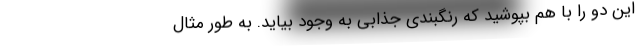
این دو را با هم بپوشید که رنگبندی جذابی به وجود بیاید. به طور مثال